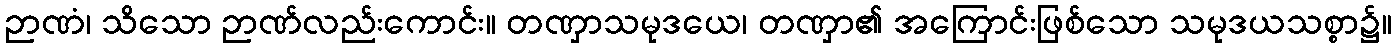
ဉာဏံ၊ သိသော ဉာဏ်လည်းကောင်း။ တဏှာသမုဒယေ၊ တဏှာ၏ အကြောင်းဖြစ်သော သမုဒယသစ္စာ၌။